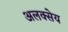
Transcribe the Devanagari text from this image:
अलक्सेय